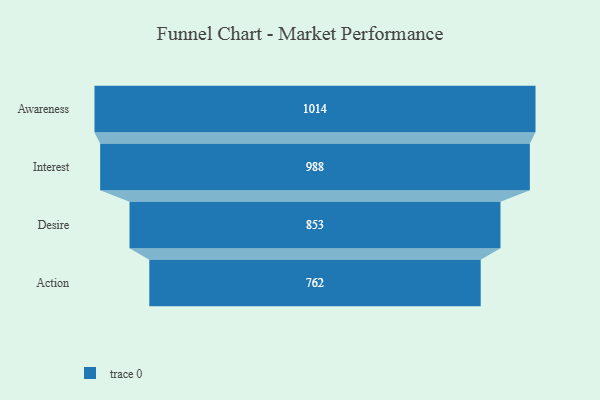
{"axis": {"x": "Stage", "y": "Value"}, "legend": [""], "data": [{"x": "Awareness", "y": 1014.0, "type": ""}, {"x": "Interest", "y": 988.0, "type": ""}, {"x": "Desire", "y": 853.0, "type": ""}, {"x": "Action", "y": 762.0, "type": ""}]}